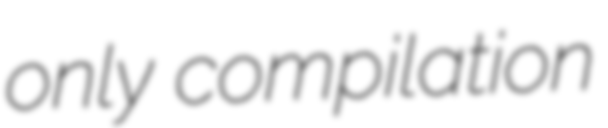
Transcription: only compilation